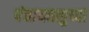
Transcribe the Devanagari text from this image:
पंचायतसुध्दा